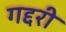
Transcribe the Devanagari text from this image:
गद्दरी